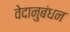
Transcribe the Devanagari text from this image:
वेदानुबंधन